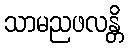
သာမညဖလန္တိ